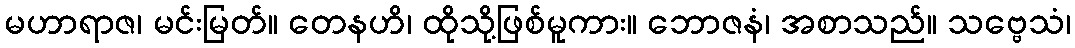
မဟာရာဇ၊ မင်းမြတ်။ တေနဟိ၊ ထိုသို့ဖြစ်မူကား။ ဘောဇနံ၊ အစာသည်။ သဗ္ဗေသံ၊